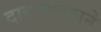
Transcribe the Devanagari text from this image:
दाबमापकाने